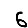
Digit: 6